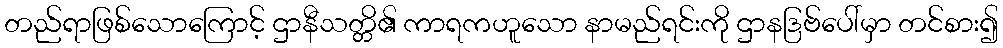
တည်ရာဖြစ်သောကြောင့် ဌာနီသတ္တိ၏ ကာရကဟူသော နာမည်ရင်းကို ဌာနဒြဗ်ပေါ်မှာ တင်စား၍